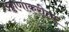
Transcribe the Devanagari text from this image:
उड्डाणाकरीता